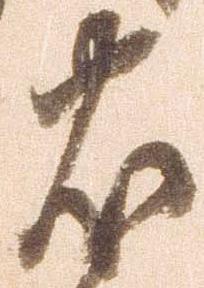
忠